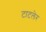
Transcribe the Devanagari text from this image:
टाटलेर